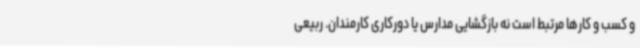
و کسب و کارها مرتبط است نه بازگشایی مدارس یا دورکاری کارمندان. ربیعی